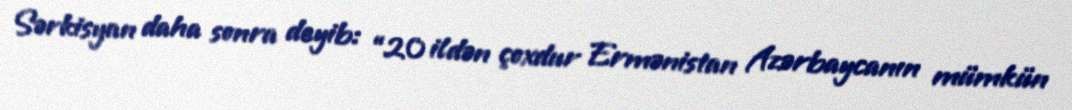
Sərkisyan daha sonra deyib: “20 ildən çoxdur Ermənistan Azərbaycanın mümkün